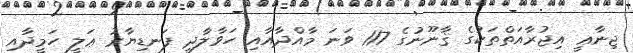
ޖިނާޢީ އިޖުރާއަތްތަކުގެ ޤާނޫނުގެ 117 ވަނަ މާއްދާއާއި ހަވާލާދީ ފަނޑިޔާރު ޢަލީ ހަމީދާއި